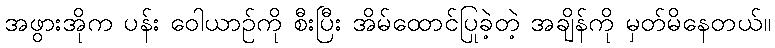
အဖွားအိုက ပန်း ဝေါယာဉ်ကို စီးပြီး အိမ်ထောင်ပြုခဲ့တဲ့ အချိန်ကို မှတ်မိနေတယ်။